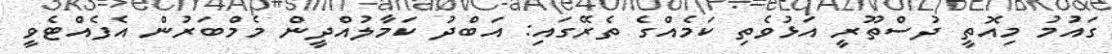
ގައުމު މިއޮތީ ދުސްތޫރީ އަޅުވެތި ކަމެއްގެ ތެރޭގައި: އަބްދު ކަމާލުއްދީން މެމްބަރުން އެފެއްޓެވީ